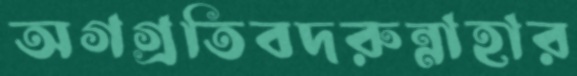
অগগ্রতিবদরুন্নাহার